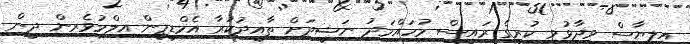
އިލިޔާސް ވިދާޅުވީ ކުރީގެ ރައީސް މުހައްމަދު ނަޝީދަށް ތާއީދުކުރާ އެމްޑީޕީން އިލްމުވެރިން ދީން